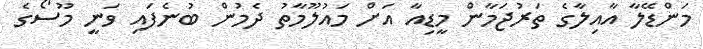
މަންޑޭލާ އާއިލާގެ ތަރުޖަމާން މީޑިއާ އަށް މައުލޫމާތު ދެމުން ބުނެފައި ވަނީ މޫސޯގެ